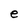
Character: e